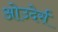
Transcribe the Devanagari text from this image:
ओउदेर्स